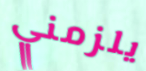
يلزمني